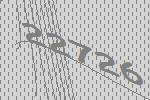
22726